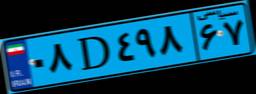
۰۸D۴۹۸۶۷